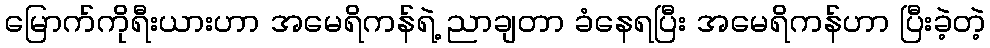
မြောက်ကိုရီးယားဟာ အမေရိကန်ရဲ့ ညာချတာ ခံနေရပြီး အမေရိကန်ဟာ ပြီးခဲ့တဲ့